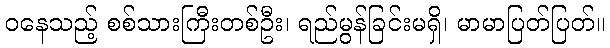
ဝနေသည့် စစ်သားကြီးတစ်ဦး၊ ရည်မွန်ခြင်းမရှိ၊ မာမာပြတ်ပြတ်။